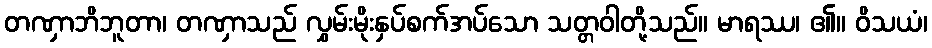
တဏှာဘိဘူတာ၊ တဏှာသည် လွှမ်းမိုးနှပ်စက်အပ်သော သတ္တဝါတို့သည်။ မာရဿ၊ ၏။ ဝိသယံ၊